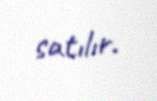
satılır.